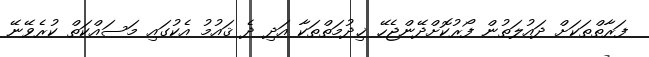
ފަރާތްތަކަށް ދައުލަތުން ފޯރުކޮށްދޭންޖެހޭ ޚިދުމަތްތަކާ އަދި ދެ ޤައުމު އެކުގައި މަސައްކަތް ކުރެވޭނޭ